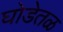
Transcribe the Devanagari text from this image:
घोडेतळ